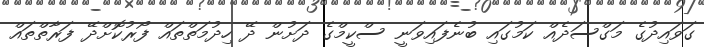
ގަވައިދުގެ މަގްސަދެއް ކަމުގައި ބުނެފައިވަނީ ސްކީމްގެ ދަށުން ދޭ ހިދުމަތްތައް ފޯރުކޮށްދޭ ފަރާތްތައް